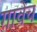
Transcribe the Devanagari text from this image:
गावेच